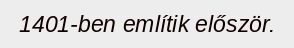
1401-ben említik először.